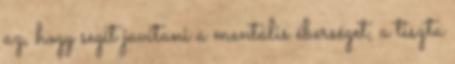
az, hogy segít javítani a mentális éberséget, a tiszta